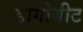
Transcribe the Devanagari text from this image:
ड्रागोबीट